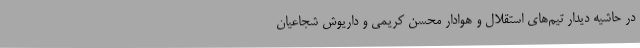
در حاشیه دیدار تیم‌های استقلال و هوادار محسن کریمی و داریوش شجاعیان